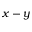
x - y